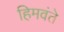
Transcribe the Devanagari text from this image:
हिमवंते